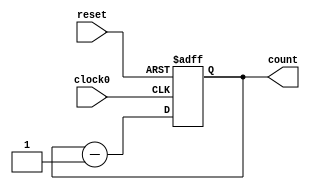
/////////////////////////////////////////
//  Functionality: 16 bit negedge triggered down counter 
////////////////////////////////////////

module counterdown16_1clk_negedge_async_resetp(clock0, reset, count);

	input clock0, reset;
	output [15:0] count;
	reg [15:0] count;                                   
	
	initial begin
      	  count <= 16'hffff;
    	end 

	always @ (negedge clock0 or posedge reset) begin
		if (reset == 1'b1) begin
			count <= 16'hffff;
		end 
		else begin
			count <= count - 1;
		end
	end

endmodule